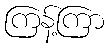
ကြန့်ကြာ